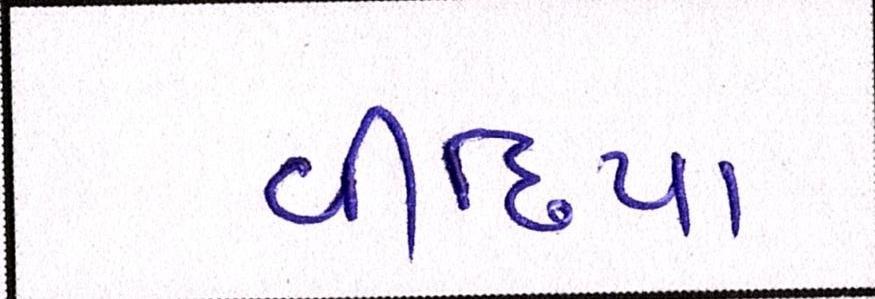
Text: વીંછિયા